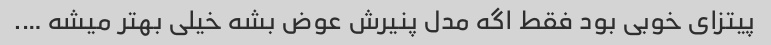
پیتزای خوبی بود فقط اگه مدل پنیرش عوض بشه خیلی بهتر میشه ….